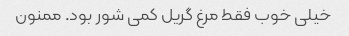
خیلی خوب فقط مرغ گریل کمی شور بود. ممنون